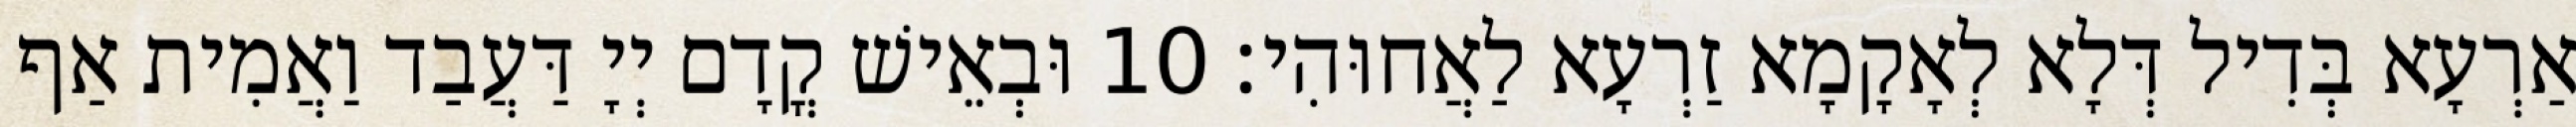
אַרְעָא בְּדִיל דְּלָא לְאָקָמָא זַרְעָא לַאֲחוּהִי׃ 10 וּבְאֵישׁ קֳדָם יְיָ דַּעֲבַד וַאֲמִית אַף